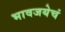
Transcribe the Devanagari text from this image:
भावजयेचं